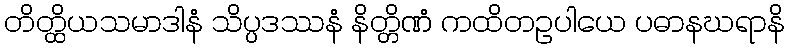
တိတ္ထိယသမာဒါနံ သိပ္ပဒဿနံ နိတ္တိဏံ ကထိတဥပါယေ ပဓာနဃရာနိ